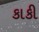
કાકી